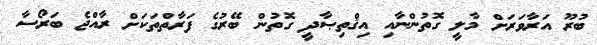
ބުރޫ އަރާވަރަށް މާލީ ގޮތުންނާއި އިޤްތިޞާދީ ގޮތުން ބޭރުގެ ފަރާތްތަކަށް ރާއްޖެ ބަރޯސާ